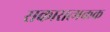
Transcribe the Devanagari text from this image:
सकारात्मकक